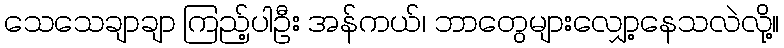
သေသေချာချာ ကြည့်ပါဦး အန်ကယ်၊ ဘာတွေများလျှော့နေသလဲလို့။